Insane asylums in Bengal annual reports 1876-1887 - 1876-1887
Year: 1876
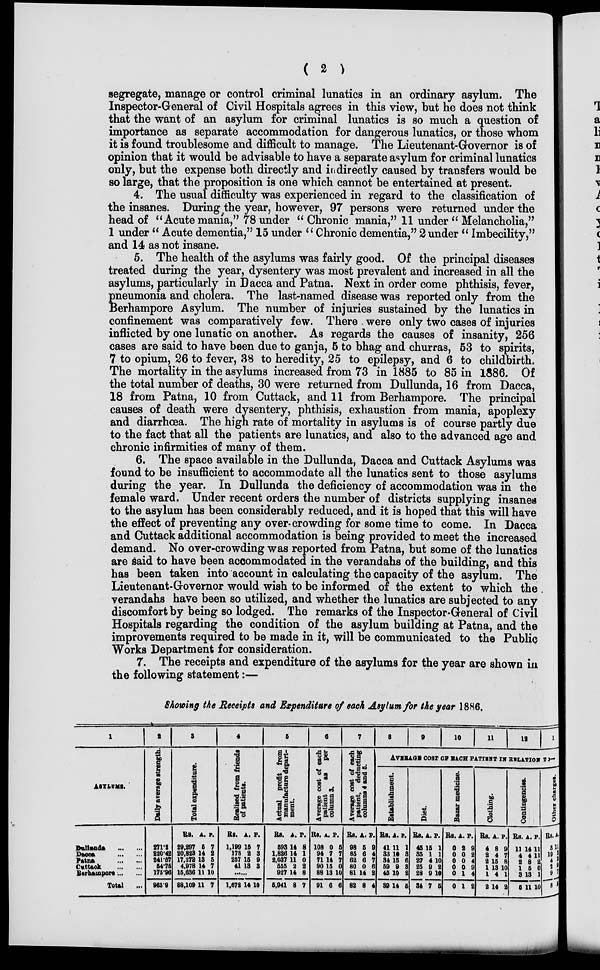
( 2 )
segregate, manage or control criminal lunatics in an ordinary asylum. The
Inspector-General of Civil Hospitals agrees in this view, but he does not think
that the want of an asylum for criminal lunatics is so much a question of
importance as separate accommodation for dangerous lunatics, or those whom
it is found troublesome and difficult to manage. The Lieutenant-Governor is of
opinion that it would be advisable to have a separate asylum for criminal lunatics
only, but the expense both directly and indirectly caused by transfers would be
so large, that the proposition is one which cannot be entertained at present.
4. The usual difficulty was experienced in regard to the classification of
the insanes. During the year, however, 97 persons were returned under the
head of "Acute mania," 78 under "Chronic mania," 11 under " Melancholia,"
1 under " Acute dementia," 15 under " Chronic dementia," 2 under " Imbecility,"
and 14 as not insane.
5. The health of the asylums was fairly good. Of the principal diseases
treated during the year, dysentery was most prevalent and increased in all the
asylums, particularly in Dacca and Patna. Next in order come phthisis, fever,
pneumonia and cholera. The last-named disease was reported only from the
Berhampore Asylum. The number of injuries sustained by the lunatics in
confinement was comparatively few. There . were only two cases of injuries
inflicted by one lunatic on another. As regards the causes of insanity, 256
cases are said to have been due to ganja, 5 to bhag and churras, 53 to spirits,
7 to opium, 26 to fever, 38 to heredity, 25 to epilepsy, and 6 to childbirth.
The mortality in the asylums increased from 73 in 1885 to 85 in 1886. Of
the total number of deaths, 30 were returned from Dullunda, 16 from Dacca,
18 from Patna, 10 from Cuttack, and 11 from Berhampore. The principal
causes of death were dysentery, phthisis, exhaustion from mania, apoplexy
and diarrhœa. The high rate of mortality in asylums is of course partly due
to the fact that all the patients are lunatics, and also to the advanced age and
chronic infirmities of many of them.
6. The space available in the Dullunda, Dacca and Cuttack Asylums was
found to be insufficient to accommodate all the lunatics sent to those asylums
during the year. In Dullunda the deficiency of accommodation was in the
female ward. Under recent orders the number of districts supplying insanes
to the asylum has been considerably reduced, and it is hoped that this will have
the effect of preventing any over-crowding for some time to come. In Dacca
and Cuttack additional accommodation is being provided to meet the increased
demand. No over-crowding was reported from Patna, but some of the lunatics
are said to have been accommodated in the verandahs of the building, and this
has been taken into account in calculating the capacity of the asylum. The
Lieutenant-Governor would wish to be informed of the extent to which the
verandahs have been so utilized, and whether the lunatics are subjected to any
discomfort by being so lodged. The remarks of the Inspector-General of Civil
Hospitals regarding the condition of the asylum building at Patna, and the
improvements required to be made in it, will be communicated to the Public
Works Department for consideration.
7. The receipts and expenditure of the asylums for the year are shown in
the following statement:—
Showing the Receipts and Expenditure of each Asylum for the year 1886.
1
ASYLUMS.
Dullunda
...
...
Dacca
...
...
Patna
...
...
Cuttack
...
...
Berhampore ... ...
Total
...
2
Daily average strength.
271.2
220.42
241.57
54.76
175.96
963.9
3
Total expenditure.
Rs.
29,297
20,823
17,372
4,978
15,636
86,109
A.
6
14
13
14
11
11
P.
7
2
5
7
10
7
4
Realised from friends
of patients.
Rs.
1,199
173
257
41
A.
15
2
15
13
P.
7
3
9
3
......
1,672 14 10
5
Actual profit from
manufacture depart-
ment.
Rs.
593
1,826
2,037
555
927
5,941
A.
14
14
11
2
14
8
P.
8
1
0
2
8
7
6
Avenge cost of each
patient at
per
columns.
Rs.
108
94
71
90
88
91
A.
0
7
14
15
13
6
P.
5
7
7
0
10
6
7
Average coat of each
patient, deducting
columns 4 and 5.
Rs.
98
85
62
80
81
82
A.
5
6
6
0
14
8
P.
9
4
7
6
2
4
8 9 10 11 12 13
AVERAGE COST OF EACH PATIENT IN RELATION TO—
Establishment.
Rs.
41
33
34
59
45
39
A.
11
10
15
9
10
14
P.
1
3
6
3
2
5
Diet.
Rs.
45
35
27
25
28
34
A.
15
1
4
9
9
7
P.
1
1
10
2
10
5
Bazar medicine.
Rs.
0
0
0
0
0
0
A.
2
0
0
0
1
1
P.
9
2
4
9
4
2
Clothing.
Rs.
4
2
2 1
1
2
A.
8
4
16
13
4
14
P.
9
7
8
10
1
2
Contingencies.
Rs.
11
4
2 1
3
5
A.
14
4
8
5
13
11
P.
11
11
2
0
1
10
Other charges.
Rs.
3
19
4
2
9
8
A.
11
2
2
9
7
5